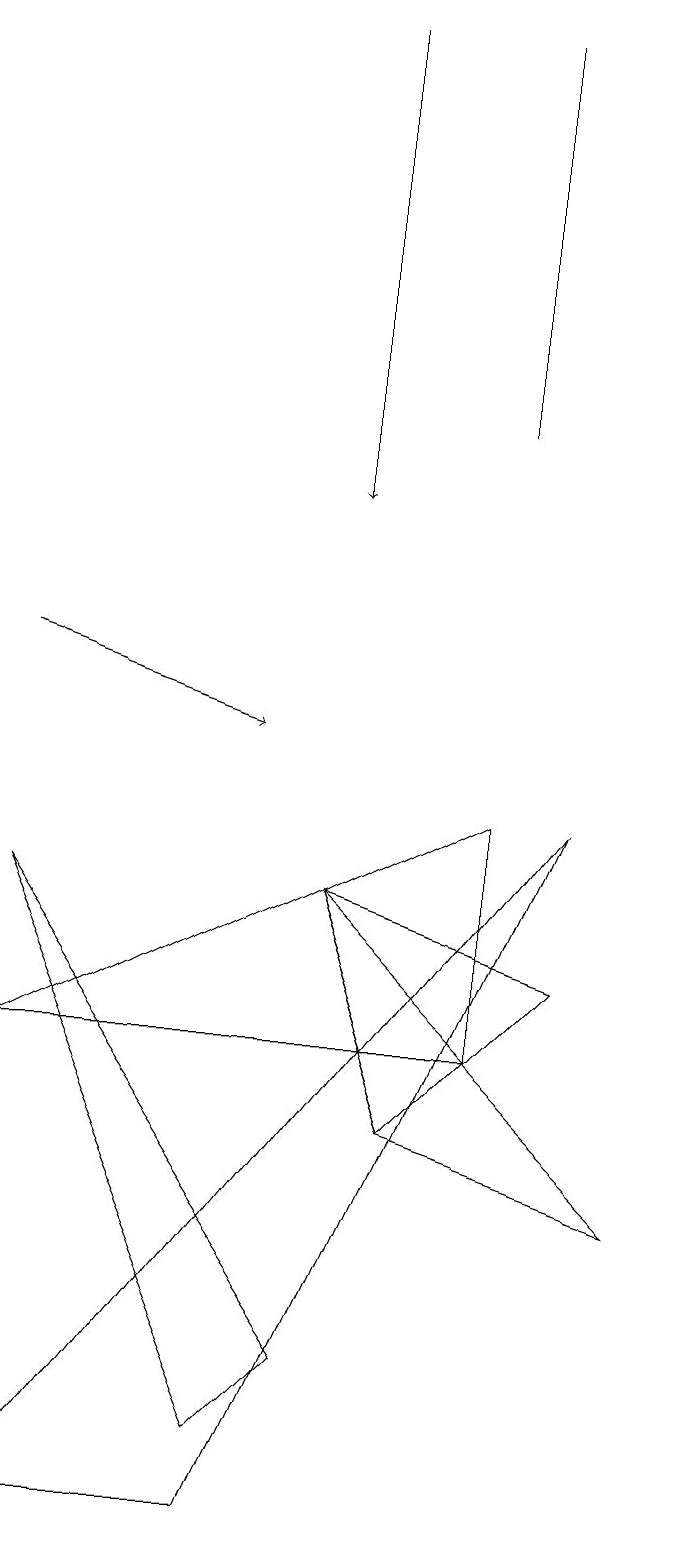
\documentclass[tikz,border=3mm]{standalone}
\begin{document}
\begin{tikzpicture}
\draw (6,5) -- (8,7) -- (5,8) -- cycle;
\draw (1,8) -- (4,1) -- (5,2) -- cycle;
\draw (7,6) -- (7,9) -- (1,6) -- cycle;
\draw[->] (1,11) -- (4,10);
\draw[->] (5,19) -- (5,13);
\draw (7,19) rectangle (7,14);
\draw (1,0) -- (8,9) -- (4,0) -- cycle;
\draw (6,5) -- (9,4) -- (5,8) -- cycle;
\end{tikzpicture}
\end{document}